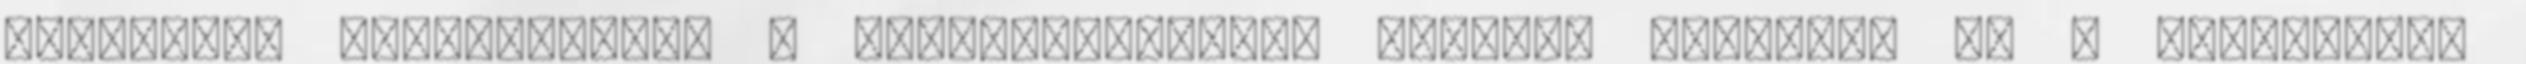
ismertük, illeszkednek a puzzle-darabok. Carlyly továbbra is a legmenőbb.